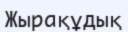
Жырақұдық